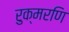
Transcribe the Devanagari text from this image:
रुक्मरणि